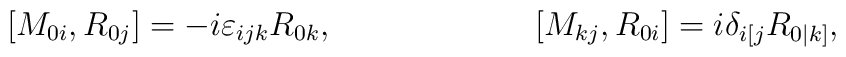
[M_{0i},R_{0j}]=-i\varepsilon_{ijk}R_{0k},\hspace{1in}[M_{kj},R_{0i}]=i\delta_{i[j}R_{0|k]},